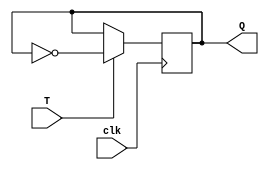
module t_flipflop (
    input T,
    input clk,
    output reg Q
);

reg D1, D2;

always @ (posedge clk)
    D1 <= T;

always @ (posedge clk)
    D2 <= Q;

always @ (posedge clk)
    if (T)
        Q <= ~Q;
    else
        Q <= Q;

endmodule